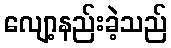
လျော့နည်းခဲ့သည်